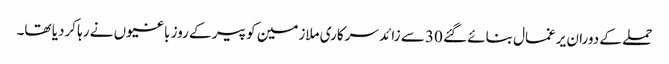
حملے کے دوران یرغمال بنائے گئے 30 سے زائد سرکاری ملازمین کو پیر کے روز باغیوں نے رہا کردیا تھا۔